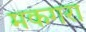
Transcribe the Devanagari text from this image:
मकगरा